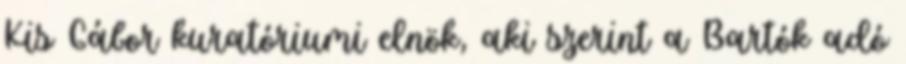
Kis Gábor kuratóriumi elnök, aki szerint a Bartók adó